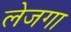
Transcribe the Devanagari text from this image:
लेजगा